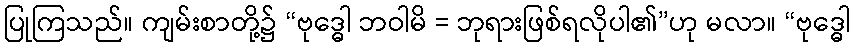
ပြုကြသည်။ ကျမ်းစာတို့၌ “ဗုဒ္ဓေါ ဘဝါမိ = ဘုရားဖြစ်ရလိုပါ၏”ဟု မလာ။ “ဗုဒ္ဓေါ